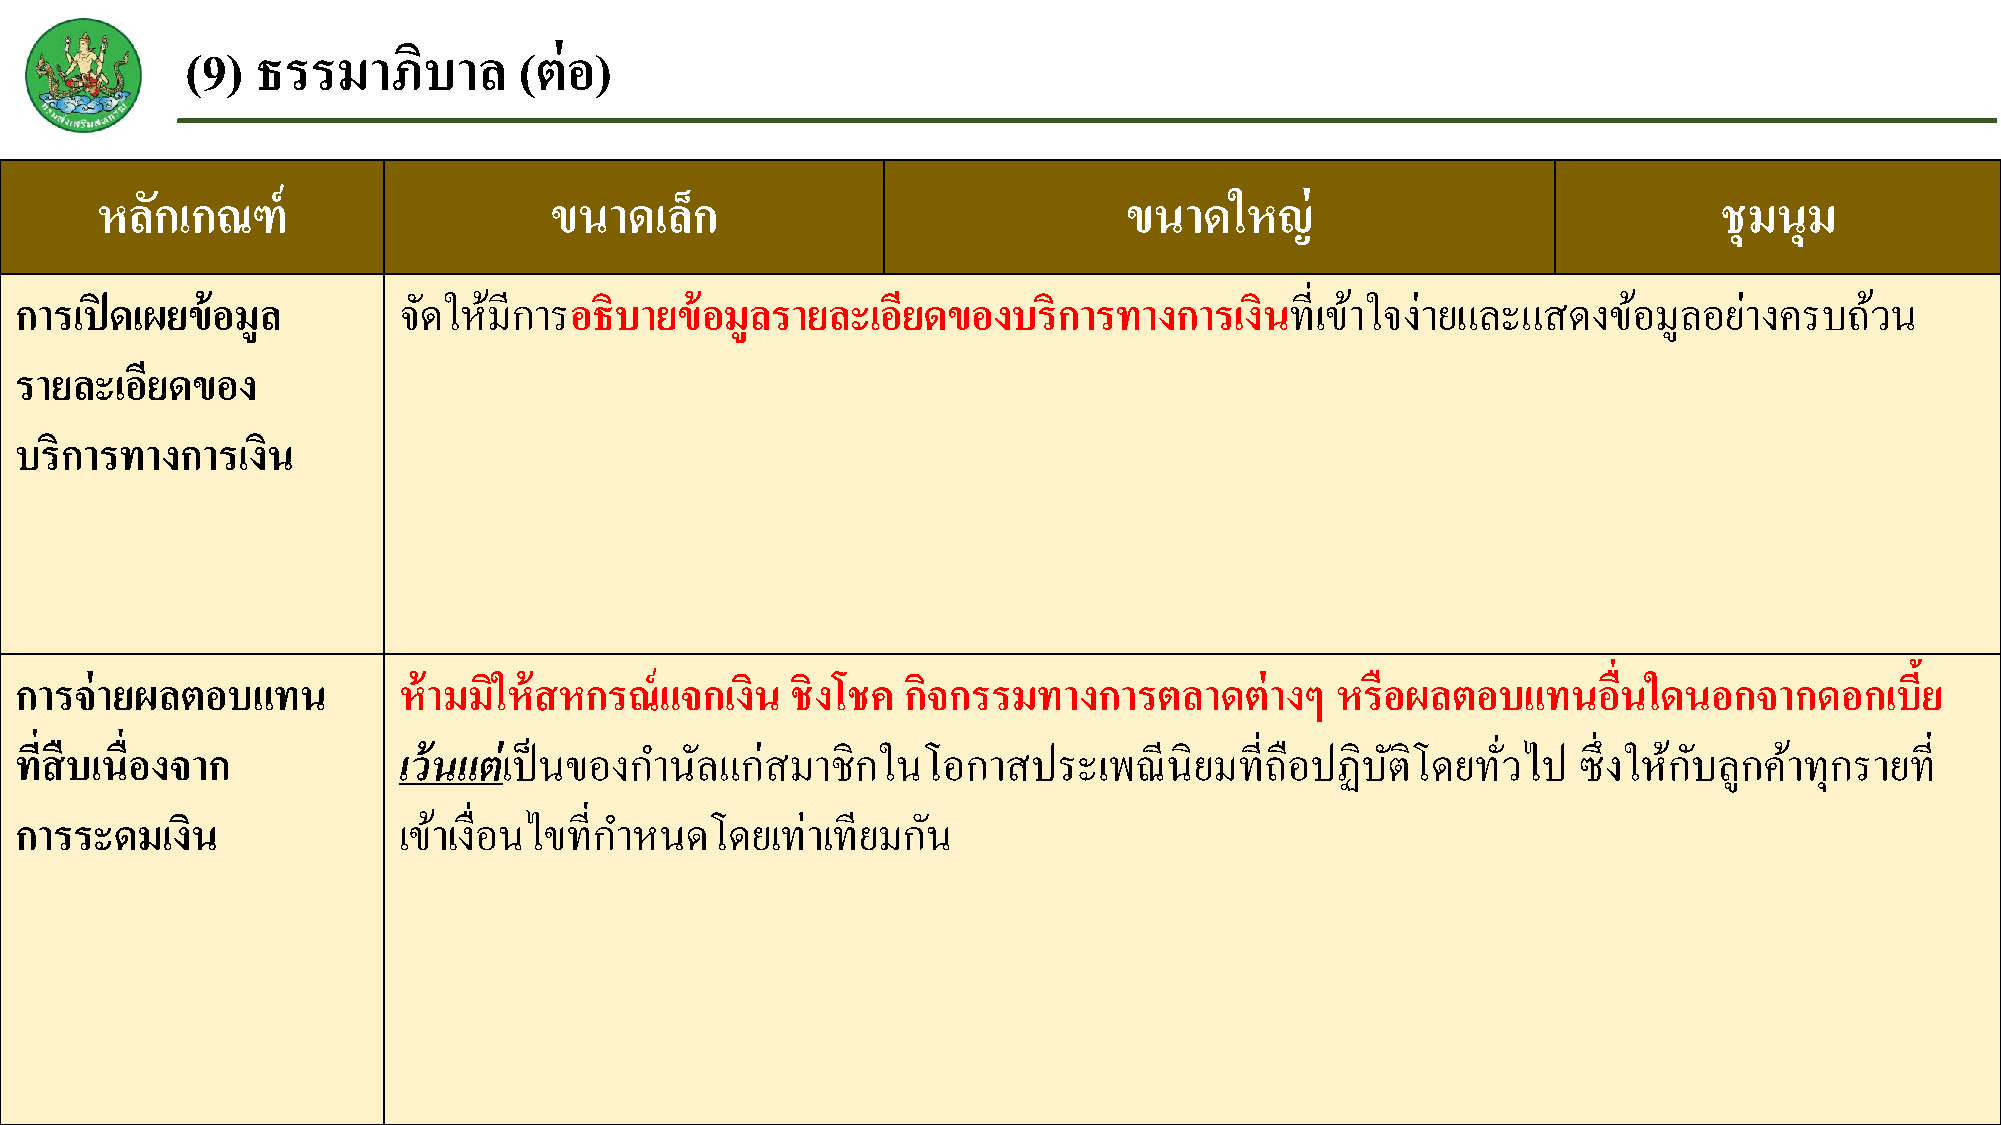
(9)  ธรรมาภบิ     าล  (ต่อ)
 หลกั  เกณฑ์                   ขนาดเลก็                              ขนาดใหญ่                                ชุมนุม
 การเปิ ดเผยข้อมูล        จดั ใหม้ ีการอธิบายข้อมูลรายละเอยี ดของบริการทางการเงินที่เขา้  ใจง่ายและแสดงขอ้    มูลอยา่ งครบถว้ น
 รายละเอยี ดของ
 บริการทางการเงนิ
 การจ่ายผลตอบแทน          ห้ามมใิ ห้สหกรณ์แจกเงิน   ชิงโชค  กจิ กรรมทางการตลาดต่างๆ     หรือผลตอบแทนอื่นใดนอกจากดอกเบีย้
 ทสี่ ืบเนื่องจาก         เว้นแต่เป็นของกา  นลั แก่สมาชิกในโอกาสประเพณีนิยมที่ถือปฏิบตั      ิโดยทวั่ ไป ซ่ึงใหก้ บั ลูกคา้ ทุกรายที่
 การระดมเงนิ              เขา้ เงื่อนไขที่กา หนดโดยเท่าเทียมกนั